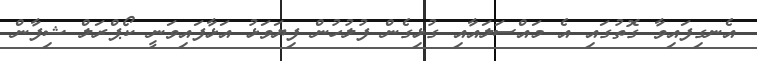
އެނގިފައިވާ ގޮތުގައި އެ މައްސަލައާއި ގުޅިގެން ފުލުހުން ފިޔަވަޅު އަޅާފައިވަނީ ކޯޕްރަލް ޝިފާން